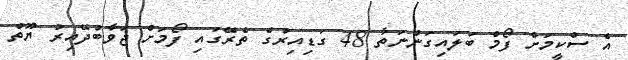
އެ ސްކީމަށް ފޯމް ބަލައިގަންނަތާ 48 ގަޑިއިރުގެ ތެރޭގައި ފޯމަށް ޖަވާބުދޭއިރު ޔޫތް